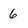
Character: 6